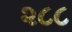
૨૮૮